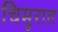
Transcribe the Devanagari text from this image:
चिमुरात